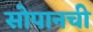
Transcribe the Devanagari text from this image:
सोपानची